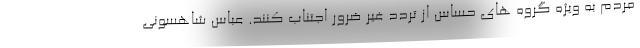
مردم به ویژه گروه های حساس از تردد غیر ضرور اجتناب کنند. عباس شاهسونی